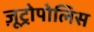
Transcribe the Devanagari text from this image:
ज़ूट्रोपोलिस